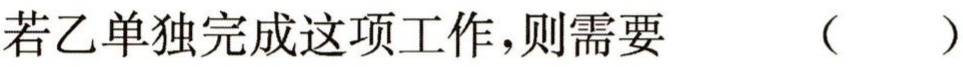
若乙单独完成这项工作，则需要 （  ）